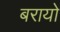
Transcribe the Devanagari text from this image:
बरायो